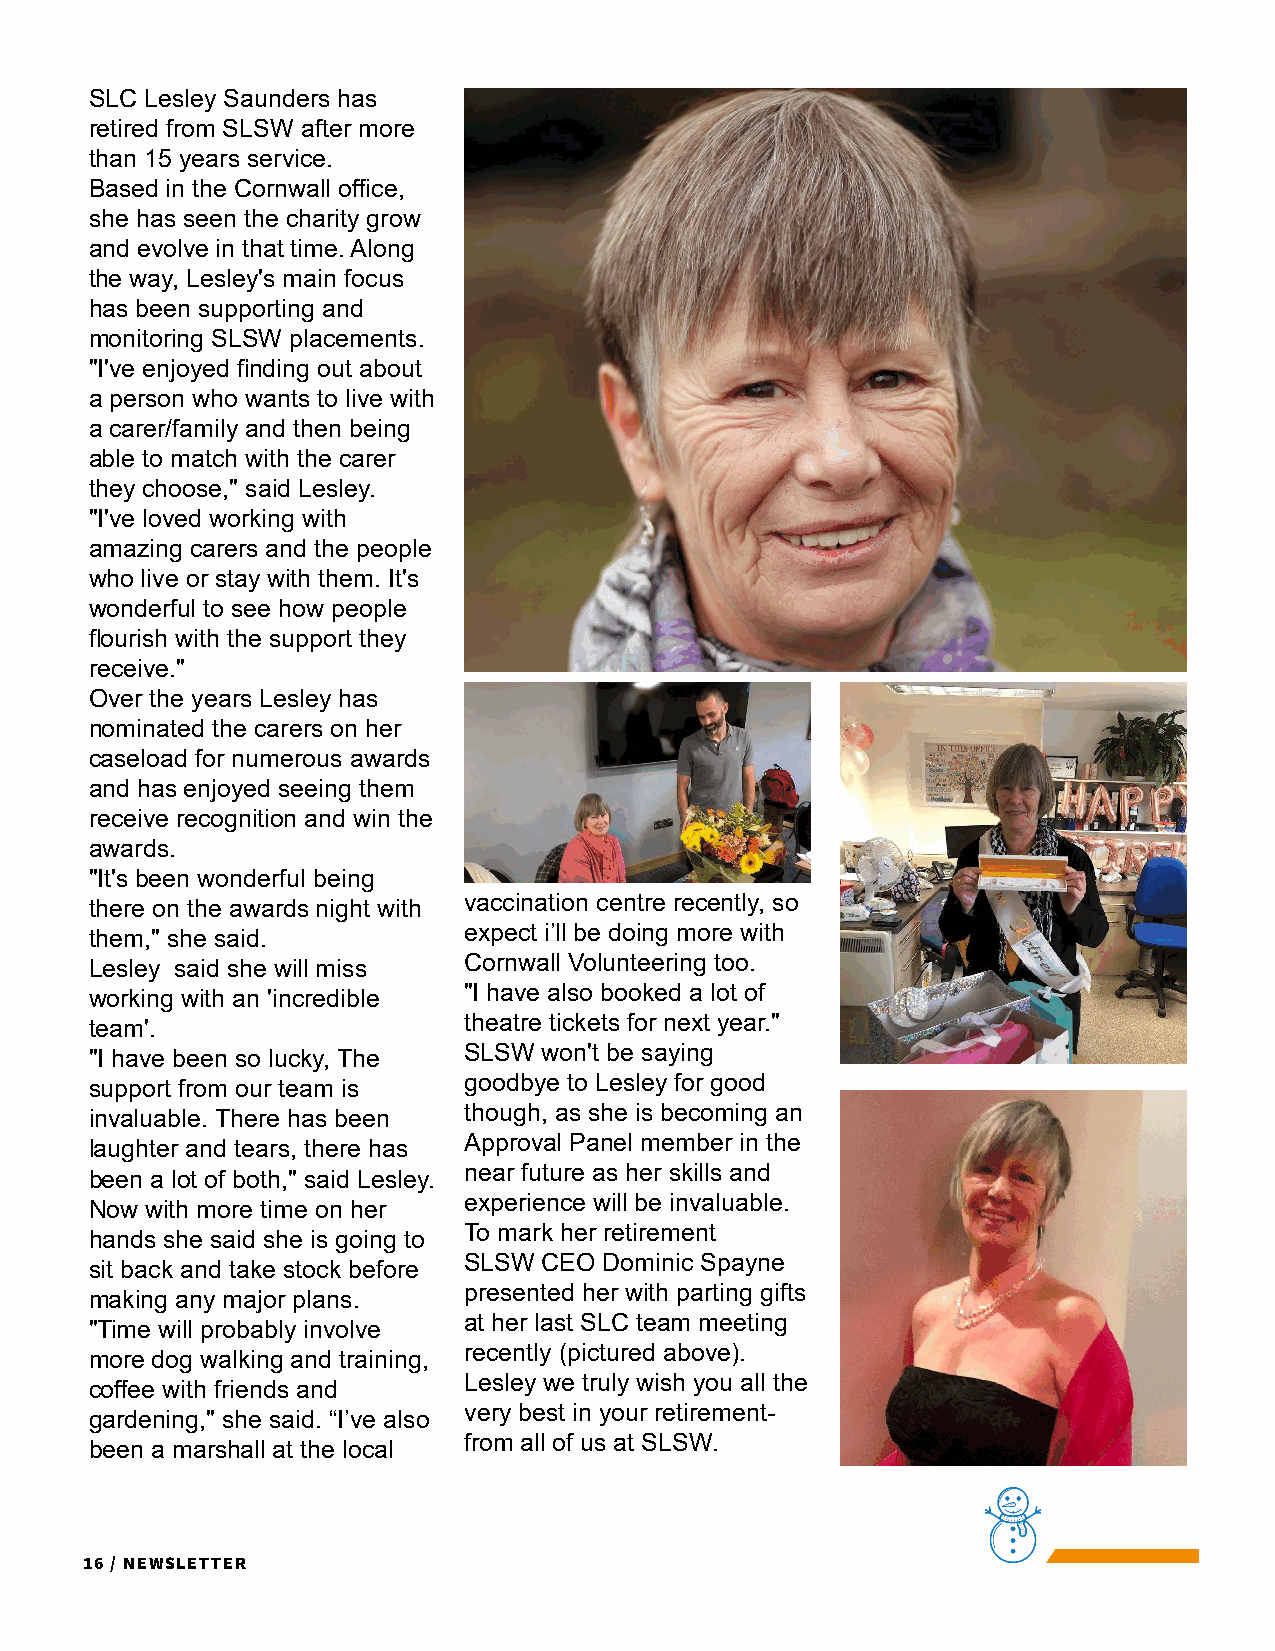
SLC Lesley Saunders has
 retired from SLSW after more
 than 15 years service.
 Based in the Cornwall office,
 she has seen the charity grow
 and evolve in that time. Along
 the way, Lesley's main focus
 has been supporting and
 monitoring SLSW placements.
 "I've enjoyed finding out about
 a person who wants to live with
 a carer/family and then being
 able to match with the carer
 they choose," said Lesley.
 "I've loved working with
 amazing carers and the people
 who live or stay with them. It's
 wonderful to see how people
 flourish with the support they
 receive."
 Over the years Lesley has
 nominated the carers on her
 caseload for numerous awards
 and has enjoyed seeing them
 receive recognition and win the
 awards.
 "It's been wonderful being
 vaccination centre recently, so
 there on the awards night with
 expect i’ll be doing more with
 them," she said.
 Cornwall Volunteering too.
 Lesley said she will miss
 "I have also booked a lot of
 working with an 'incredible
 theatre tickets for next year."
 team'.
 SLSW won't be saying
 "I have been so lucky, The
 goodbye to Lesley for good
 support from our team is
 though, as she is becoming an
 invaluable. There has been
 Approval Panel member in the
 laughter and tears, there has
 near future as her skills and
 been a lot of both," said Lesley.
 experience will be invaluable.
 Now with more time on her
 To mark her retirement
 hands she said she is going to
 SLSW CEO Dominic Spayne
 sit back and take stock before
 presented her with parting gifts
 making any major plans.
 at her last SLC team meeting
 "Time will probably involve
 recently (pictured above).
 more dog walking and training,
 Lesley we truly wish you all the
 coffee with friends and
 very best in your retirement-
 gardening," she said. “I’ve also
 from all of us at SLSW.
 been a marshall at the local
 16 / Newsletter